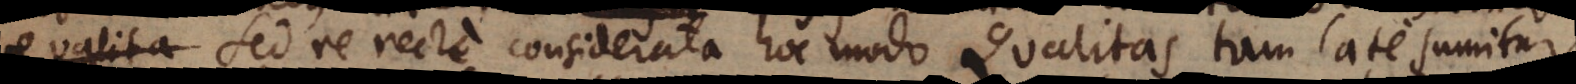
Qualita Sed re recte considerata hoc modo Qualitas tam late sumitur,